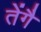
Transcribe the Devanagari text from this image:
तेंगै